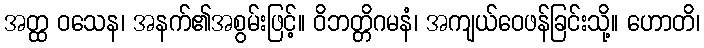
အတ္ထ ဝသေန၊ အနက်၏အစွမ်းဖြင့်။ ဝိဘတ္တိဂမနံ၊ အကျယ်ဝေဖန်ခြင်းသို့။ ဟောတိ၊